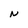
Character: N